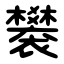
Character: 䙪